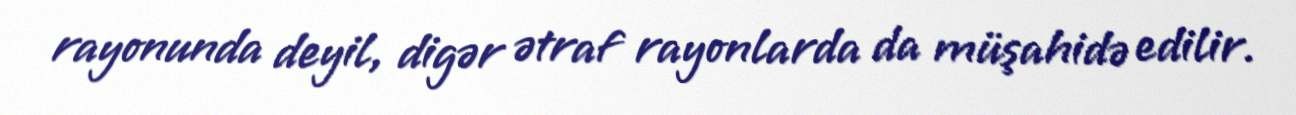
rayonunda deyil, digər ətraf rayonlarda da müşahidə edilir.